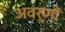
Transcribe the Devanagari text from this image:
अवर्णों